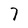
Character: 7